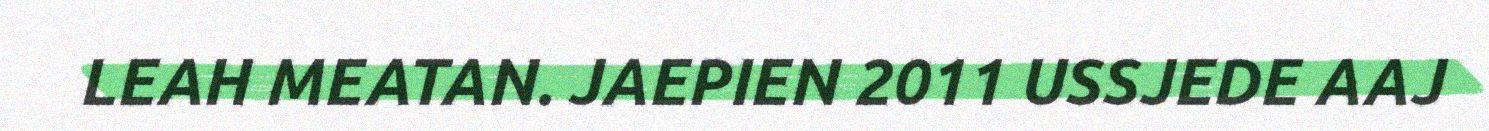
LEAH MEATAN. JAEPIEN 2011 USSJEDE AAJ